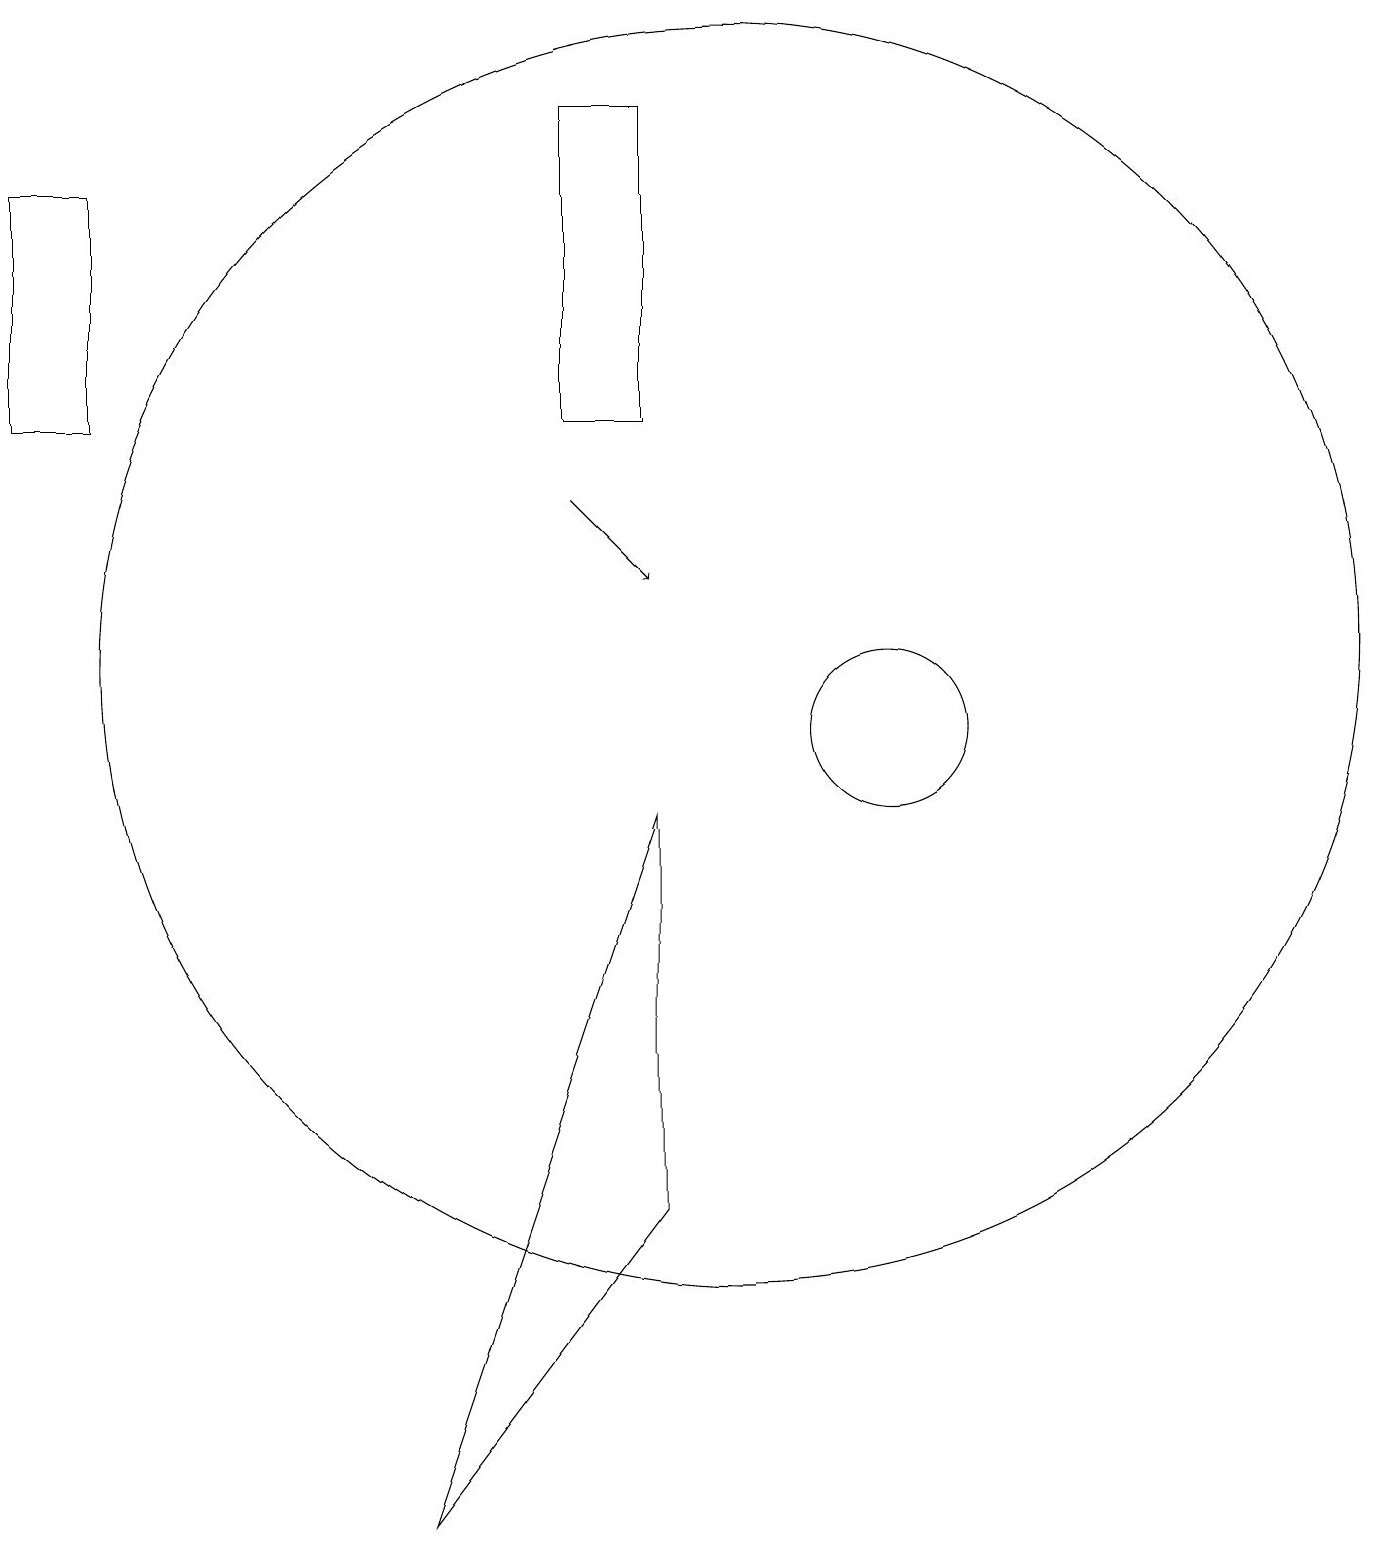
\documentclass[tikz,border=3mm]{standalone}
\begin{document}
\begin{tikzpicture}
\draw[->] (8,13) -- (9,12);
\draw (8,18) rectangle (9,14);
\draw (9,9) -- (9,4) -- (6,0) -- cycle;
\draw (2,17) rectangle (1,14);
\draw (12,10) circle (1);
\draw (10,11) circle (8);
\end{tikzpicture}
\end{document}